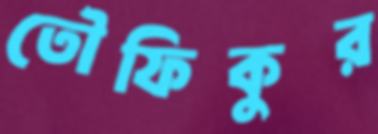
তৌফিকুর